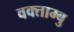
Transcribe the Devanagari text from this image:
वक्ताम्बु